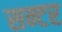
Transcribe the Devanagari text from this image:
सन्टर